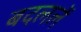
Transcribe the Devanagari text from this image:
बदललें